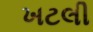
ખટલી